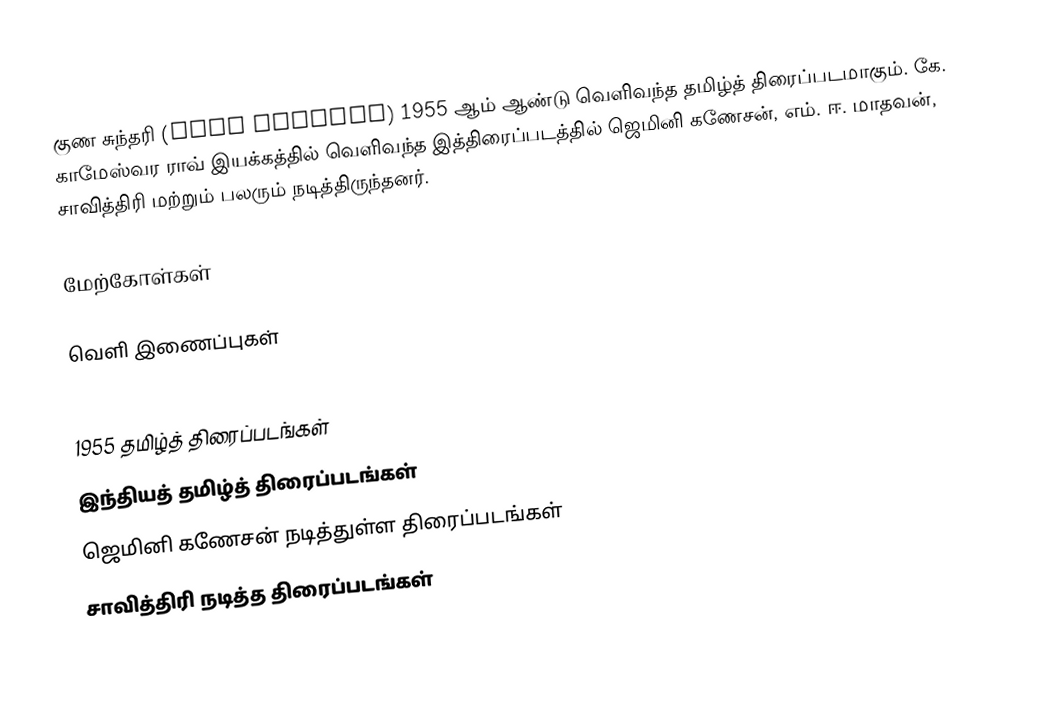
குண சுந்தரி (Guna Sundari) 1955 ஆம் ஆண்டு வெளிவந்த தமிழ்த் திரைப்படமாகும். கே. காமேஸ்வர ராவ் இயக்கத்தில் வெளிவந்த இத்திரைப்படத்தில் ஜெமினி கணேசன், எம். ஈ. மாதவன், சாவித்திரி  மற்றும் பலரும் நடித்திருந்தனர்.

மேற்கோள்கள்

வெளி இணைப்புகள்

1955 தமிழ்த் திரைப்படங்கள்
இந்தியத் தமிழ்த் திரைப்படங்கள்
ஜெமினி கணேசன் நடித்துள்ள திரைப்படங்கள்
சாவித்திரி நடித்த திரைப்படங்கள்